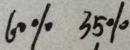
6 0 \% 3 5 \%